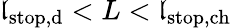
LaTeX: \mathfrak{l}_{\mathrm{{stop,d}}}<L<\mathfrak{l}_{\mathrm{{stop,ch}}}